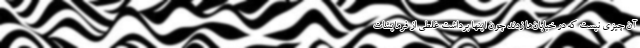
آن چیزی نیست که در خیابان‌ها زدند چون اینها برداشت غلطی از فرمایشات